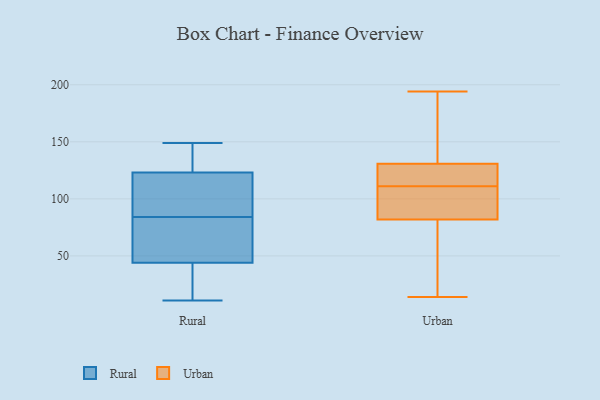
{"axis": {"x": "Demand Index", "y": "Value"}, "legend": ["Rural", "Urban"], "data": [{"x": "", "y": 149, "type": "Rural"}, {"x": "", "y": 44, "type": "Rural"}, {"x": "", "y": 126, "type": "Rural"}, {"x": "", "y": 40, "type": "Rural"}, {"x": "", "y": 95, "type": "Rural"}, {"x": "", "y": 123, "type": "Rural"}, {"x": "", "y": 11, "type": "Rural"}, {"x": "", "y": 66, "type": "Rural"}, {"x": "", "y": 100, "type": "Rural"}, {"x": "", "y": 73, "type": "Rural"}, {"x": "", "y": 114, "type": "Urban"}, {"x": "", "y": 110, "type": "Urban"}, {"x": "", "y": 114, "type": "Urban"}, {"x": "", "y": 110, "type": "Urban"}, {"x": "", "y": 111, "type": "Urban"}, {"x": "", "y": 78, "type": "Urban"}, {"x": "", "y": 82, "type": "Urban"}, {"x": "", "y": 127, "type": "Urban"}, {"x": "", "y": 142, "type": "Urban"}, {"x": "", "y": 16, "type": "Urban"}, {"x": "", "y": 91, "type": "Urban"}, {"x": "", "y": 168, "type": "Urban"}, {"x": "", "y": 82, "type": "Urban"}, {"x": "", "y": 193, "type": "Urban"}, {"x": "", "y": 194, "type": "Urban"}, {"x": "", "y": 14, "type": "Urban"}, {"x": "", "y": 114, "type": "Urban"}]}